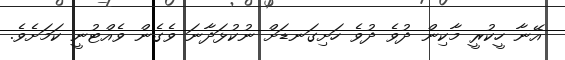
އޭނާ ހީކުރީ މާކިން ދުވެ ދުވެ ހަށިގަނޑަށް ނުކުޅަދާނަ ވެގެން ވެއްޓުނީ ކަމަށެވެ.